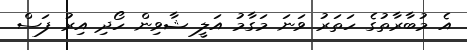
އެ މުބާރާތުގެ ހަތަރު ވަނަ މަގާމު އަލީ ޝާވިން ހޯދި އިރު ފަސް